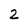
Character: 2